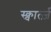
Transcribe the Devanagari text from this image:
स्क्वार्त्ज़